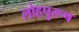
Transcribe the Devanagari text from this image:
लोहपुरूष